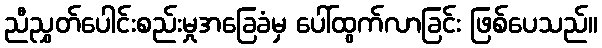
ညီညွှတ်ပေါင်းစည်းမှုအခြေခံမှ ပေါ်ထွက်လာခြင်း ဖြစ်ပေသည်။